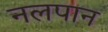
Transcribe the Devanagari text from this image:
नलपान